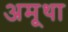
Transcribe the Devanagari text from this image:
अमूथा